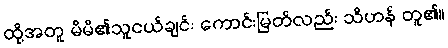
ထို့အတူ မိမိ၏သူငယ်ချင်း ကောင်းမြတ်လည်း သိဟန် တူ၏။